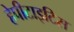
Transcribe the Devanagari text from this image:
हेपीटाइटिस